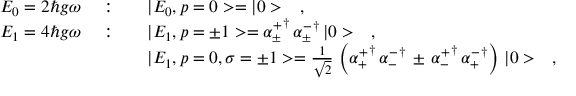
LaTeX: \begin{array} { r c l } { { E _ { 0 } = 2 \hbar g \omega \ } } & { { : } } & { { \ \ \ | E _ { 0 } , p = 0 > = | 0 > \ \ \ , } } \\ { { E _ { 1 } = 4 \hbar g \omega \ } } & { { : } } & { { \ \ \ | E _ { 1 } , p = \pm 1 > = { \alpha _ { \pm } ^ { + } } ^ { \dagger } \, { \alpha _ { \pm } ^ { - } } ^ { \dagger } \, | 0 > \ \ \ , } } \\ { { } } & { { } } & { { \ \ \ | E _ { 1 } , p = 0 , \sigma = \pm 1 > = \frac { 1 } { \sqrt { 2 } } \, \left( { \alpha _ { + } ^ { + } } ^ { \dagger } \, { \alpha _ { - } ^ { - } } ^ { \dagger } \, \pm \, { \alpha _ { - } ^ { + } } ^ { \dagger } \, { \alpha _ { + } ^ { - } } ^ { \dagger } \right) \, | 0 > \ \ \ , } } \end{array}